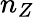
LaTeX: n_{Z}